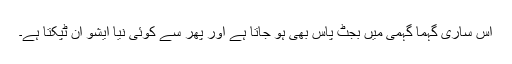
اس ساری گہما گہمی میں بجٹ پاس بھی ہو جاتا ہے اور پھر سے کوئی نیا ایشو آن ٹپکتا ہے۔